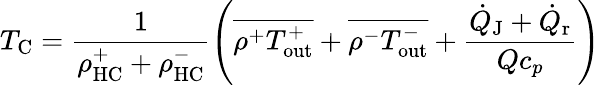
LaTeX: T_{\textrm{C}}=\frac{1}{\rho_{\textrm{HC}}^{+}+\rho_{\textrm{HC}}^{-}}\left(\overline{{\rho^{+}T_{\textrm{out}}^{+}}}+\overline{{\rho^{-}T_{\textrm{out}}^{-}}}+\frac{\dot{Q}_{\textrm{J}}+\dot{Q}_{\textrm{r}}}{Qc_{p}}\right)